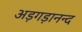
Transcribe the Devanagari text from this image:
अड़गड़ानन्द